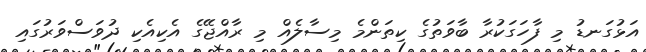
އަޅުގަނޑު މި ފާހަގަކުރާ ބާވަތުގެ ކިތަންމެ މިސާލެއް މި ރާއްޖޭގެ އެކިއެކި ދުވަސްވަރުގައި